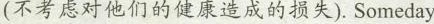
(不考虑对他们的健康造成的损失). Someday